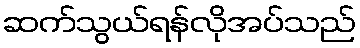
ဆက်သွယ်ရန်လိုအပ်သည်